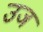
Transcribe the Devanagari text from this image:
उज